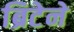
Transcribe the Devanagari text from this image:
ब्रिटेने